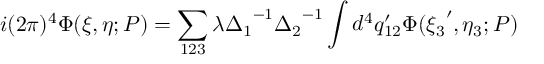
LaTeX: i ( 2 \pi ) ^ { 4 } \Phi ( \xi , \eta ; P ) = \sum _ { 1 2 3 } \lambda { \Delta _ { 1 } } ^ { - 1 } { \Delta _ { 2 } } ^ { - 1 } \int d ^ { 4 } q _ { 1 2 } ^ { \prime } \Phi ( { \xi _ { 3 } } ^ { \prime } , { \eta _ { 3 } } ; P )